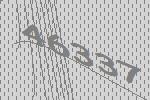
46337